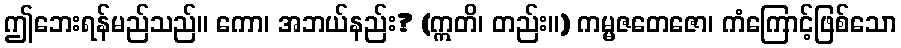
ဤဘေးရန်မည်သည်။ ကော၊ အဘယ်နည်း? (ဣတိ၊ တည်း။) ကမ္မဇတေဇော၊ ကံကြောင့်ဖြစ်သော